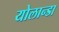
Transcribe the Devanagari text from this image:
योलान्डा